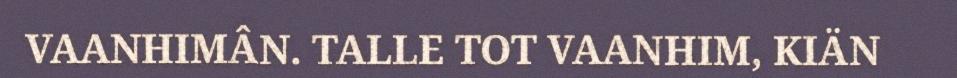
VAANHIMÂN. TALLE TOT VAANHIM, KIÄN